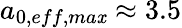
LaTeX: a_{0,eff,ma\mathit{x}}\approx3.5